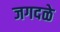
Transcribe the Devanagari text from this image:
जगदळे